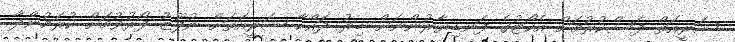
ޝަރީއަތް ފަސްކުރުމަށް އެކޯޓުގެ ފަނޑިޔާރުންނަށް ބިރު ދައްކާ ޝަރީއަތަށް ނުފޫޒު ފޯރުވުމަށް ކުރަމުންދާ